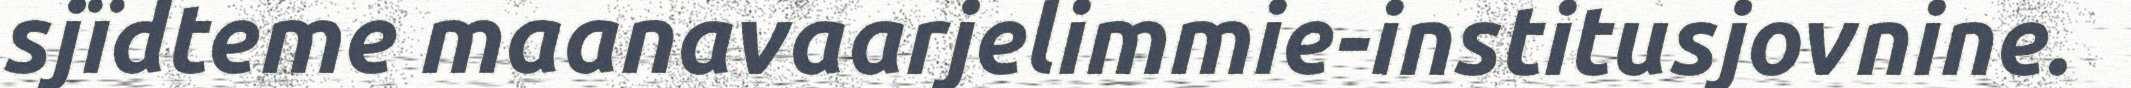
sjïdteme maanavaarjelimmie-institusjovnine.